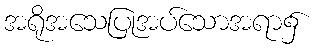
အရိုအသေပြုအပ်သောအရာ၌